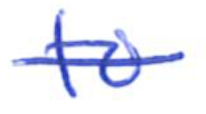
Text: to
Cross-out: mix
Writing tool: ballpoint